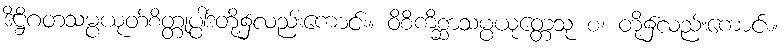
ဒိဋ္ဌိဂတသမ္ပယုတ်စိတ္တုပ္ပါဒ်တို့၌လည်းကောင်း။ ဝိစိကိစ္ဆာသမ္ပယုတ္တေသု စ၊ တို့၌လည်းကောင်း။